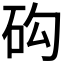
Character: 𥐾